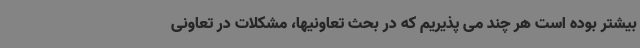
بیشتر بوده است هر چند می پذیریم که در بحث تعاونیها، مشکلات در تعاونی